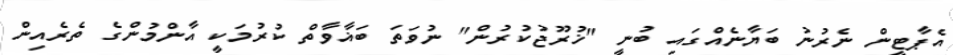
އެޕާޓީން ނެރުނު ބަޔާނެއްގައި ބުނީ "ޚުރޫޖުކުރުން" ނުވަތަ ބަޣާވާތް ކުރުމަކީ އާންމުންގެ ތެރެއިން